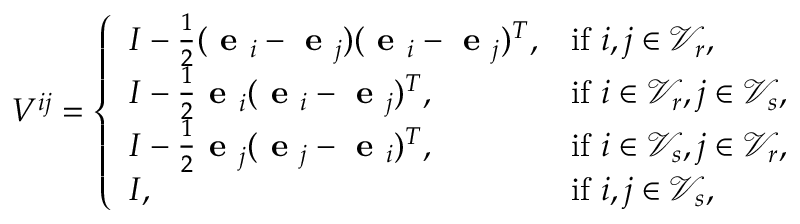
V ^ { i j } = \left\{ \begin{array} { l l } { I - \frac 1 2 ( \textbf { e } _ { i } - \textbf { e } _ { j } ) ( \textbf { e } _ { i } - \textbf { e } _ { j } ) ^ { T } , } & { \mathrm { i f ~ } i , j \in \mathcal { V } _ { r } , } \\ { I - \frac 1 2 \textbf { e } _ { i } ( \textbf { e } _ { i } - \textbf { e } _ { j } ) ^ { T } , } & { \mathrm { i f ~ } i \in \mathcal { V } _ { r } , j \in \mathcal { V } _ { s } , } \\ { I - \frac 1 2 \textbf { e } _ { j } ( \textbf { e } _ { j } - \textbf { e } _ { i } ) ^ { T } , } & { \mathrm { i f ~ } i \in \mathcal { V } _ { s } , j \in \mathcal { V } _ { r } , } \\ { I , } & { \mathrm { i f ~ } i , j \in \mathcal { V } _ { s } , } \end{array} \right.